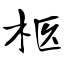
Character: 柩